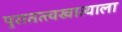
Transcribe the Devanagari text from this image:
पुरातत्त्वखात्याला